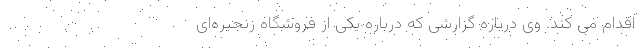
اقدام می کند. وی درباره گزارشی که درباره یکی از فروشگاه زنجیره‌ای